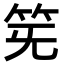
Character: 𥬗